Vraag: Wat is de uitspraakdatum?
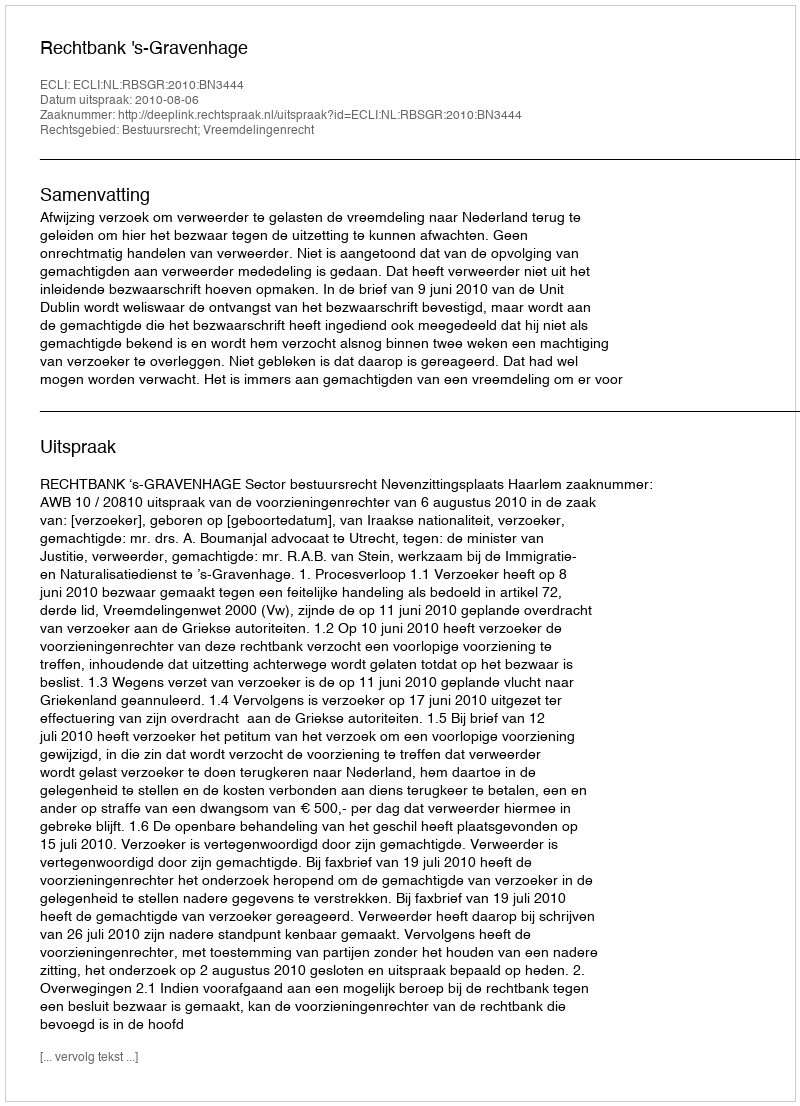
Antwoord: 2010-08-06